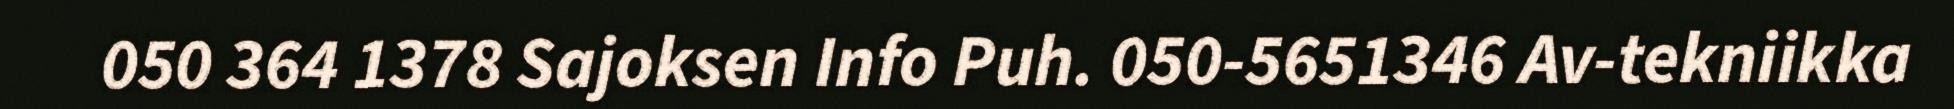
050 364 1378 Sajoksen Info Puh. 050-5651346 Av-tekniikka